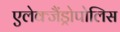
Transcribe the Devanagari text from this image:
एलेक्जैंड्रोपोलिस